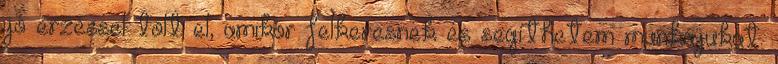
jó érzéssel tölt el, amikor felkeresnek és segíthetem munkájukat.